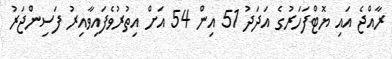
ރާއްޖެ އައި ޔޮޓްފަހަރުގެ އަދަދު 51 އިން 54 އަށް އިތުރުވެފައިވާއިރު ފަސިންޖަރު